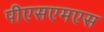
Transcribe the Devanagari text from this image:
पीएसएमएस